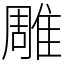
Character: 雕